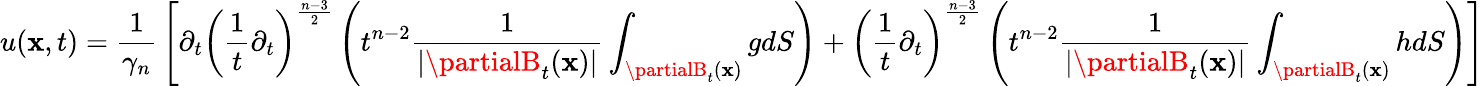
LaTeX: u(\mathbf{x},t)={\frac{{1}}{{\gamma_{n}}}}\left[\partial_{t}\left({\frac{{1}}{{t}}}\partial_{t}\right)^{\frac{{n-3}}{{2}}}\left(t^{n-2}{\frac{{1}}{{|\partialB_{t}(\mathbf{x})|}}}\int_{\partialB_{t}(\mathbf{x})}gdS\right)+\left({\frac{{1}}{{t}}}\partial_{t}\right)^{\frac{{n-3}}{{2}}}\left(t^{n-2}{\frac{{1}}{{|\partialB_{t}(\mathbf{x})|}}}\int_{\partialB_{t}(\mathbf{x})}hdS\right)\right]